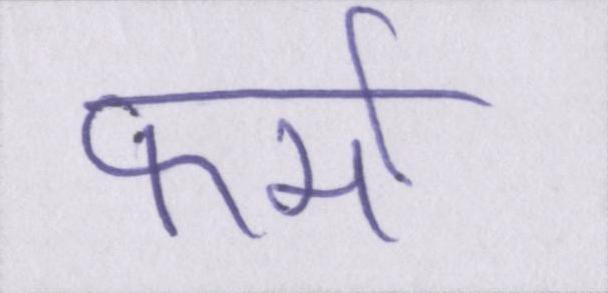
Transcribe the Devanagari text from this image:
फर्मा